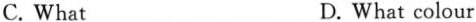
C. What D. What colour